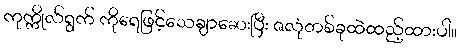
ကုက္ကိုလ်ရွက် ကိုရေဖြင့်သေချာဆေးပြီး ဇလုံတစ်ခုထဲထည့်ထားပါ။